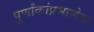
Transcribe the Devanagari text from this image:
पूर्णांकांप्रमाणेच